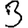
Digit: 3